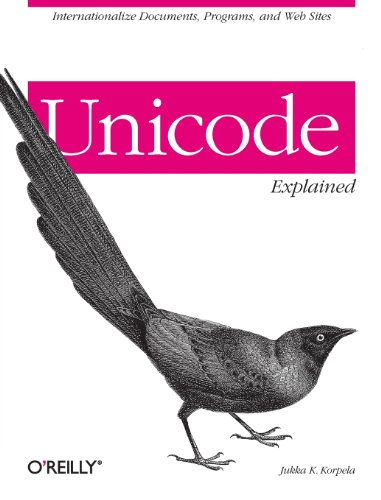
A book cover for Unicode Explained; Jukka K. Korpela; Computers & Technology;